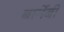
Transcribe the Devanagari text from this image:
बार्नेबी